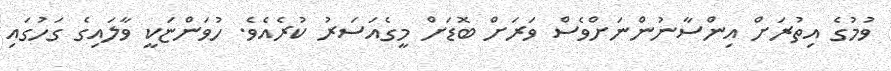
ވުމުގެ އިތުރަށް އިންސާނުންނަށްވެސް ވަރަށް ބޮޑަށް މީގެއަސަރު ކުރެއެވެ. ހުވަންޏަކީ ވާލައިގެ ގަހުގައި